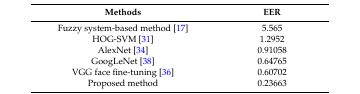
| Methods | EER |
 | --- | --- |
 | Fuzzy system-based method [17] | 5.565 |
 | HOG-SVM [31] | 1.2952 |
 | AlexNet [34] | 0.91058 |
 | GoogLeNet [38] | 0.64765 |
 | VGG face fine-tuning [36] | 0.60702 |
 | Proposed method | 0.23663 |